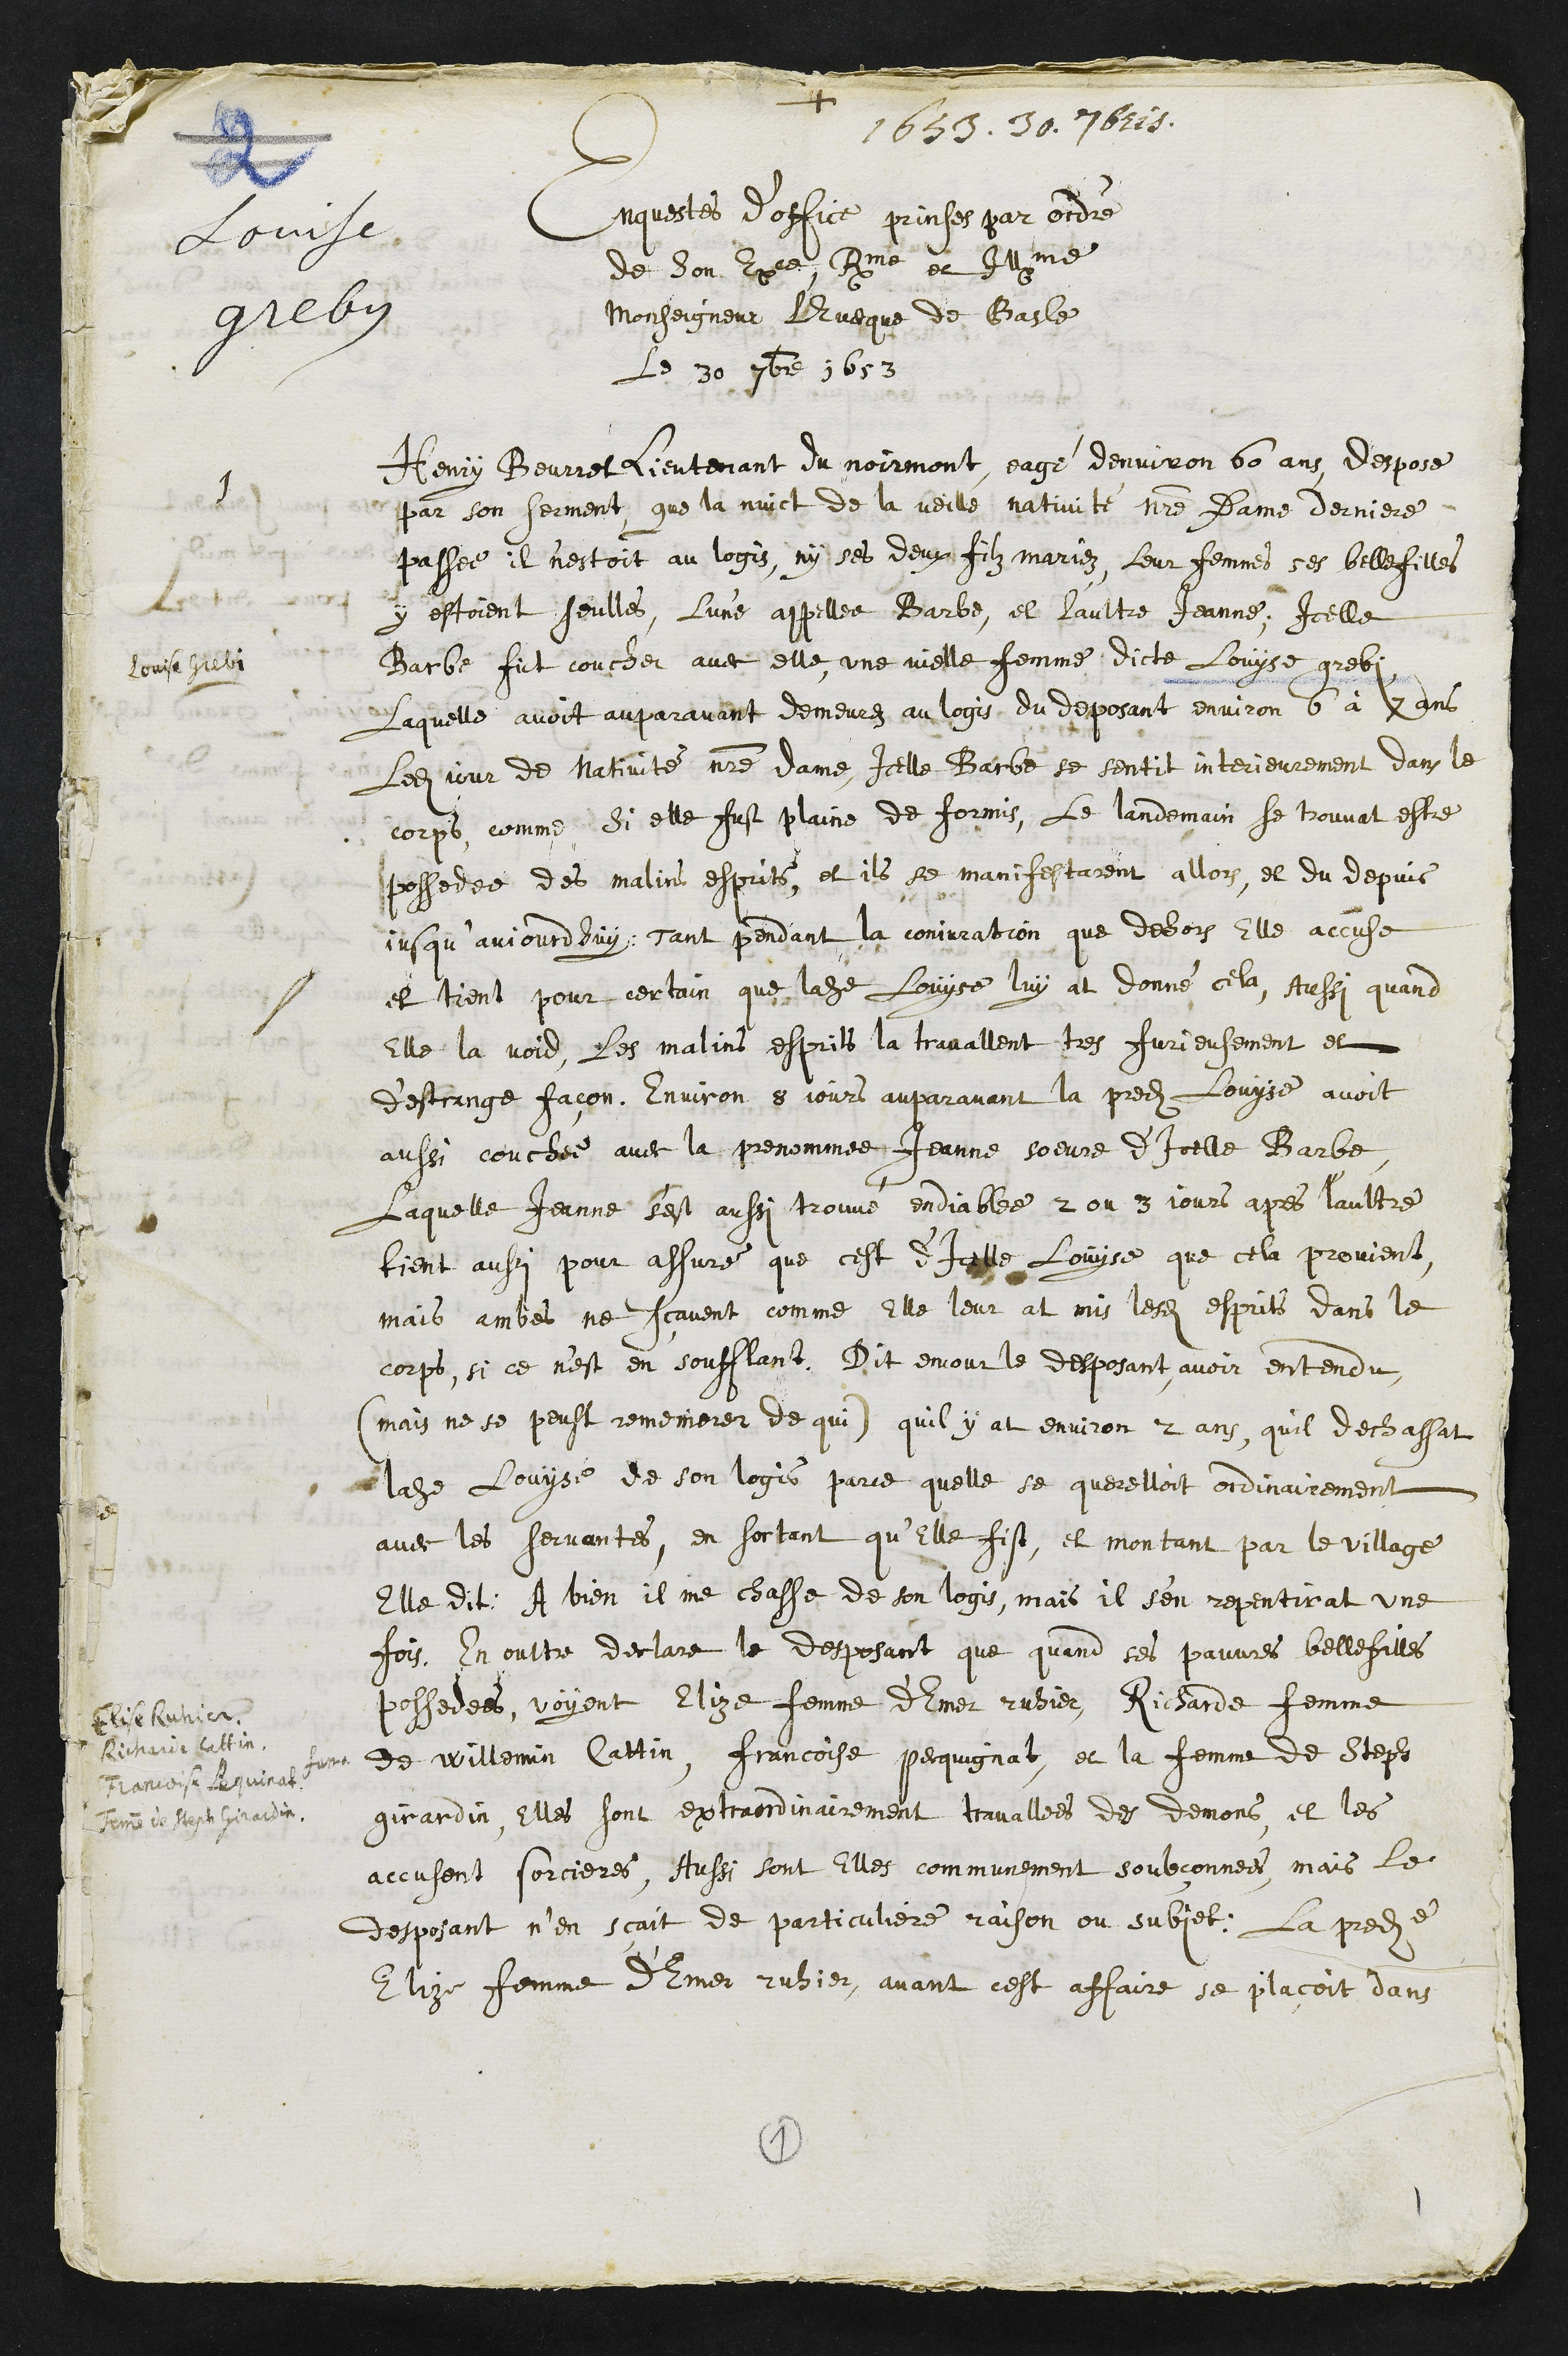
1653. 30. 7bris
Louise
greby
Enquestes d’office prinses par ordre
de son Excellence Reverendissime et Illustrissime
Monseigneur l'Evecque de Basle
Le 30 7bre 1653
Louise Grebi
1
Henry Beurret lieutenant du Noirmont eagé denviron 60 ans despose
par son serment que la nuict de la veille nativité notre Dame derniere
passee il n'estoit au logis, ny ses deux filz mariez, leur femmes ses belle filles
y estoient seulles, l'une appellee Barbe, et l’aultre Jeanne, Icelle
Barbe fut coucher avec elle une vielle femme dicte Louyse grebi
Laquelle avoit auparavant demeurez au logis du desposant environ 6 à 7 ans
ledit jour de Nativité notre dame, Icelle Barbe se sentit interieurement dans le
corps, comme, si elle fust plaine de formis, Le landemain se trouvat estre
possedee des malins esprits, et ils se manifestassent allors, et du depuis
jusqu’aujourdhuy, tant pendant la conjuration que dehors, Elle accuse
et tient pour certain que ladite Louyse luy at donné cela, Aussi quand
Elle la void, les malins esprits la travallent tres furieusement et
d'estrange facon. Environ 8 jours auparavant la predite Louyse avoit
aussi couchee avec la prenommee Jeanne soeure d’icelle Barbe
Laquelle Jeanne s'est aussi trouvé endiablee 2 ou 3 jours apres l'aultre
tient aussi pour assure que cest d’icelle Louyse que cela provient,
mais ambes ne scavent comme Elle leur at mis lesdits esprits dans le
corps, si ce n’est en soufflant. Dit encour le desposant avoir entendu
(mais ne se peust rememorer de qui) quil y at environ 2 ans quil dechassat
ladite Louyse de son logis parce quelle se querelloit ordinairement
avec les servantes, en sortant qu’Elle fist, et montant par le village
Elle dit: A bien il me chasse de son logis, mais il s’en repentirat une
fois. En oultre declare le desposant que quand ses pauvres belle filles
possedees, voyent Elize femme d'Emer ruhier, Richarde femme
de Willemin Cattin, Francoise pequignat, et la femme de Steph
girardin, Elles sont extraordinairement travallees des demons et les
accusent sorcieres, Aussi sont Elles communement soubçonnees, mais le
desposant n’en sçait de particuliere raison ou subjet: La predite
Elize femme d'Emer ruhier, avant cest affaire se plaçoit dans
fama
Elise Ruhier
Richarde Cattin
Francoise Pequinat
Femme de Steph Girardin
1